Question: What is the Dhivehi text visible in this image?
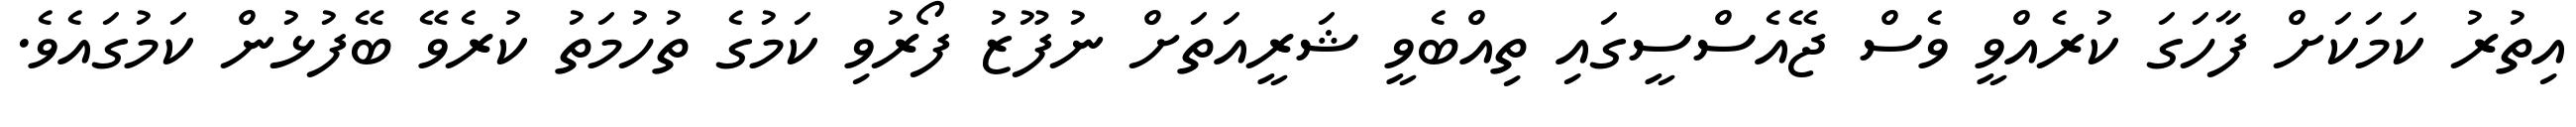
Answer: އިތުރު ކަމަކަށް ފާހަގަ ކުރެއްވީ ވެސް ޖޭއެސްސީގައި ތިއްބެވީ ޝަރީއަތަށް ނުފޫޒު ފޯރުވި ކަމުގެ ތުހުމަތު ކުރެވޭ ބޭފުޅުން ކަމުގައެވެ.